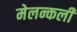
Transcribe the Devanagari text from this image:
मेलन्कली